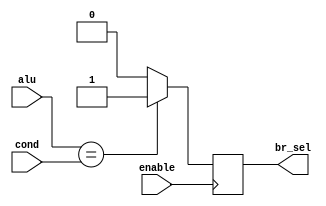
`timescale 1ns / 1ps

module br_comp(
      input enable,
      input [3:0] alu,
      input [3:0] cond,
      output reg br_sel
        );
      always @ (posedge enable)
  br_sel = (alu == cond) ? 1 : (cond == 1110) ? 1 : 0;
        
endmodule